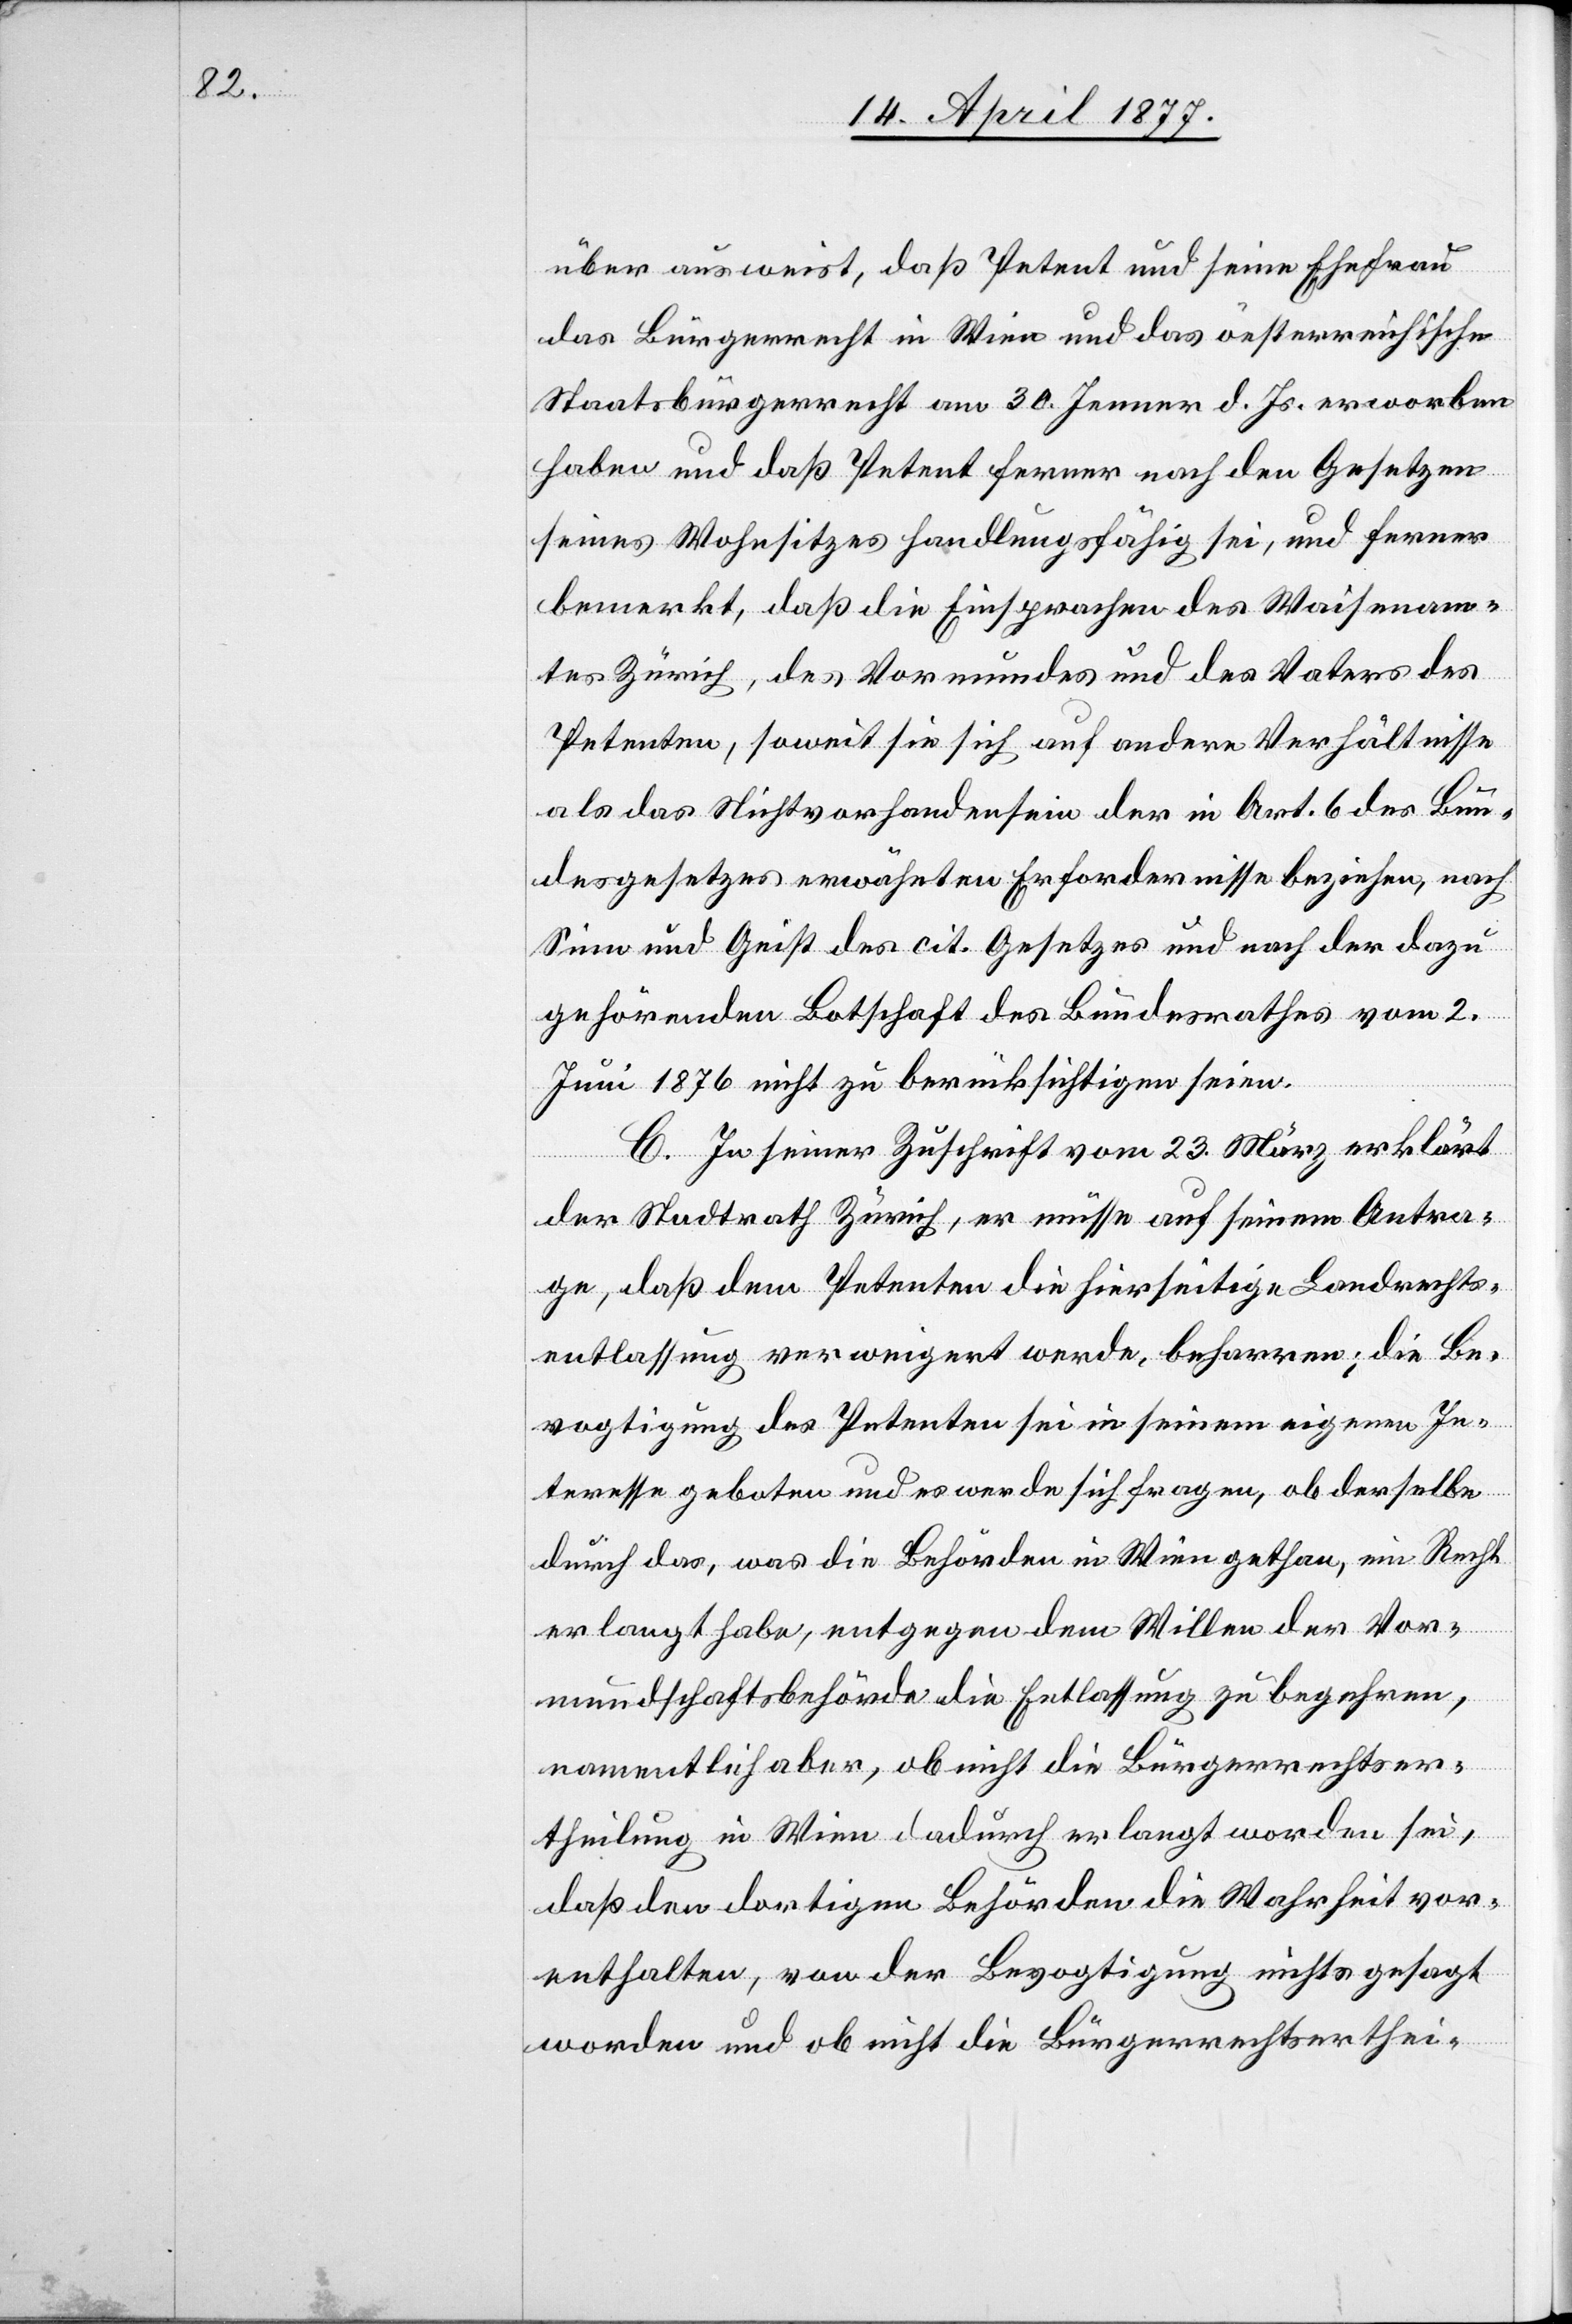
über ausweist, daß Petent und seine Ehefrau
das Bürgerrecht in Wien und das öesterreichische
Staatsbürgerrecht am 30. Jenner d. Js. erworben
haben und daß Petent ferner nach den Gesetzen
seines Wohnsitzes handlungsfähig sei, und ferner
bemerkt, daß die Einsprachen des Waisenam¬
tes Zürich, des Vormundes und des Vaters des
Petenten, soweit sie sich auf andere Verhältnisse
als das Nichtvorhandensein der in Art. 6 des Bun¬
desgesetzes erwähnten Erfordernisse beziehen, nach
Sinn und Geist des cit. Gesetzes und nach der dazu
gehörenden Botschaft des Bundesrathes vom 2.
Juni 1876 nicht zu berücksichtigen seien.
C. In seiner Zuschrift vom 23. März erklärt
der Stadtrath Zürich, er müsse auf seinem Antra¬
ge, daß dem Petenten die hierseitige Landrechts¬
entlassung verweigert werde, beharren; die Be¬
vogtigung des Petenten sei in seinem eigenen In¬
teresse geboten und es werde sich fragen, ob derselbe
durch das, was die Behörden in Wien gethan, ein Recht
erlangt habe, entgegen dem Willen der Vor¬
mundschaftsbehörde die Entlassung zu begehren,
namentlich aber, ob nicht die Bürgerrechtser¬
theilung in Wien dadurch erlangt worden sei,
daß den dortigen Behörden die Wahrheit vor¬
enthalten, von der Bevogtigung nichts gesagt
worden und ob nicht die Bürgerrechtserthei-